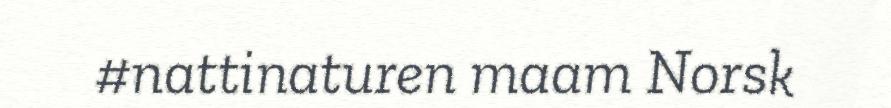
#nattinaturen maam Norsk